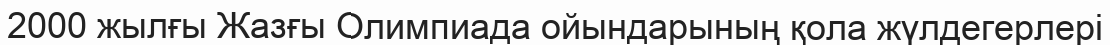
2000 жылғы Жазғы Олимпиада ойындарының қола жүлдегерлері